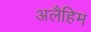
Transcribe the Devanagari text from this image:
अलैहिम